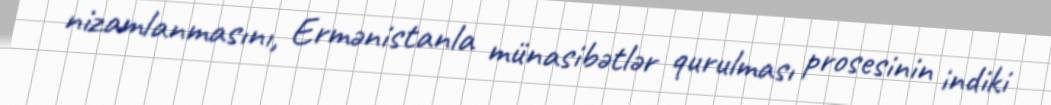
nizamlanmasını, Ermənistanla münasibətlər qurulması prosesinin indiki